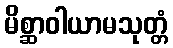
မိစ္ဆာဝါယာမသုတ္တံ